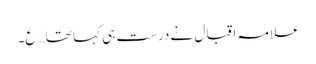
علامہ اقبال نے درست ہی کہا تھا …ع۔